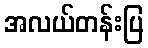
အလယ်တန်းပြ